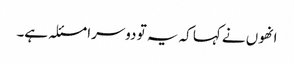
انھوں نے کہا کہ یہ تو دوسرا مسئلہ ہے۔